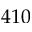
4 1 0